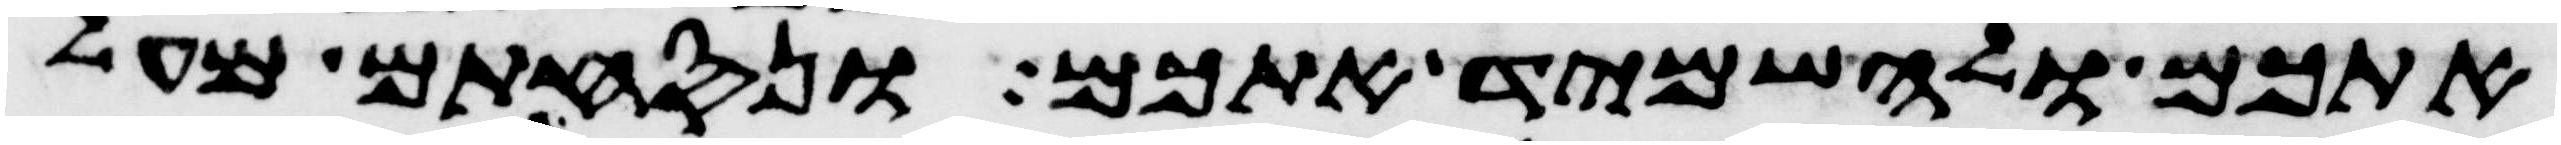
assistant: אתכם ולהשמיד אתכם ונסחתם מעל